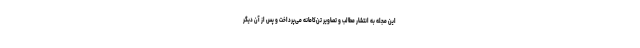
این مجله به انتشار مطالب و تصاویر تن‌کامانه می‌پرداخت و پس از آن دیگر